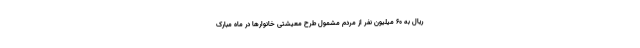
ریال به ۶۰ میلیون نفر از مردم مشمول طرح معیشتی خانوارها در ماه مبارک